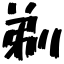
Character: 剃